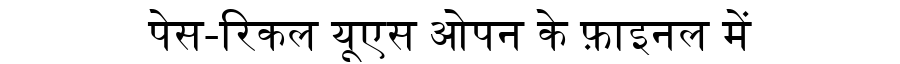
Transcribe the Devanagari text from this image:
पेस-रिकल यूएस ओपन के फ़ाइनल में